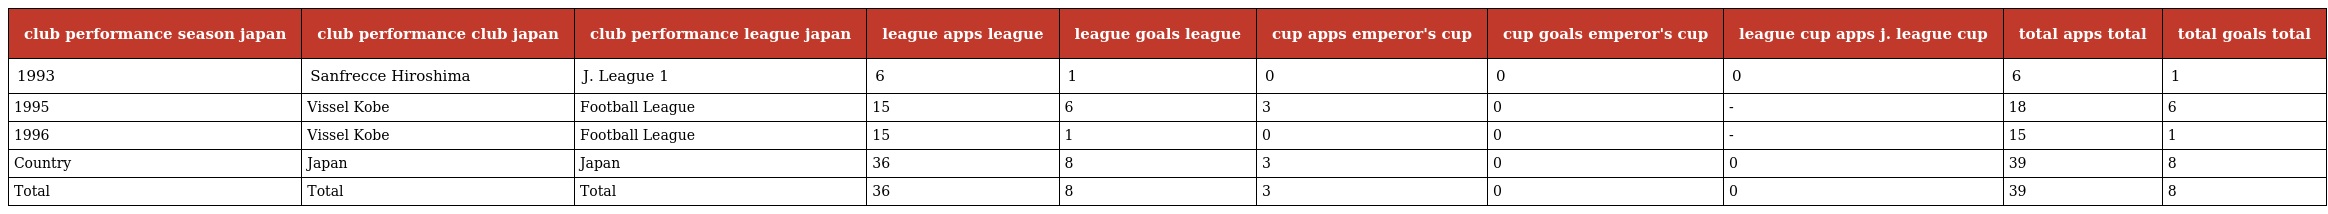
| club performance season japan | club performance club japan | club performance league japan | league apps league | league goals league | cup apps emperor's cup | cup goals emperor's cup | league cup apps j. league cup | total apps total | total goals total |
 | --- | --- | --- | --- | --- | --- | --- | --- | --- | --- |
 | 1993 | Sanfrecce Hiroshima | J. League 1 | 6 | 1 | 0 | 0 | 0 | 6 | 1 |
 | 1995 | Vissel Kobe | Football League | 15 | 6 | 3 | 0 | - | 18 | 6 |
 | 1996 | Vissel Kobe | Football League | 15 | 1 | 0 | 0 | - | 15 | 1 |
 | Country | Japan | Japan | 36 | 8 | 3 | 0 | 0 | 39 | 8 |
 | Total | Total | Total | 36 | 8 | 3 | 0 | 0 | 39 | 8 |